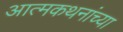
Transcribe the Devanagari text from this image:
आत्मकथनांच्या